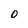
Character: 0